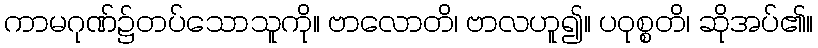
ကာမဂုဏ်၌တပ်သောသူကို။ ဗာလောတိ၊ ဗာလဟူ၍။ ပဝုစ္စတိ၊ ဆိုအပ်၏။